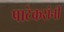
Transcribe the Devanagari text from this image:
पाटेकरांनी